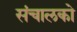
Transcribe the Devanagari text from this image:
संचालको